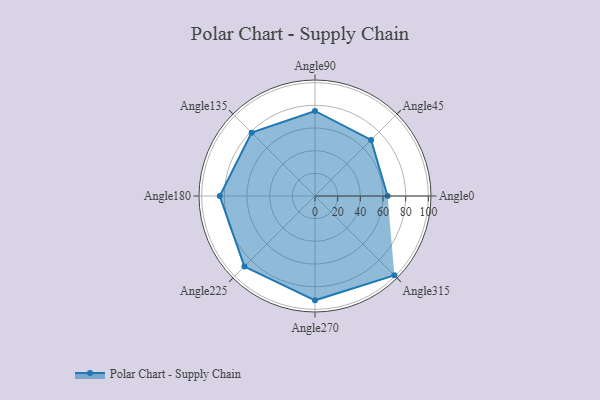
{"axis": {"x": "Angle", "y": "Radius"}, "legend": [""], "data": [{"x": "Angle0", "y": 64.0, "type": ""}, {"x": "Angle45", "y": 70.0, "type": ""}, {"x": "Angle90", "y": 75.0, "type": ""}, {"x": "Angle135", "y": 79.0, "type": ""}, {"x": "Angle180", "y": 84.0, "type": ""}, {"x": "Angle225", "y": 88.0, "type": ""}, {"x": "Angle270", "y": 92.0, "type": ""}, {"x": "Angle315", "y": 99.0, "type": ""}]}